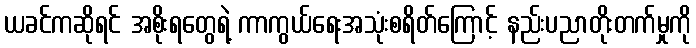
ယခင်ကဆိုရင် အစိုးရတွေရဲ့ ကာကွယ်ရေးအသုံးစရိတ်ကြောင့် နည်းပညာတိုးတက်မှုကို